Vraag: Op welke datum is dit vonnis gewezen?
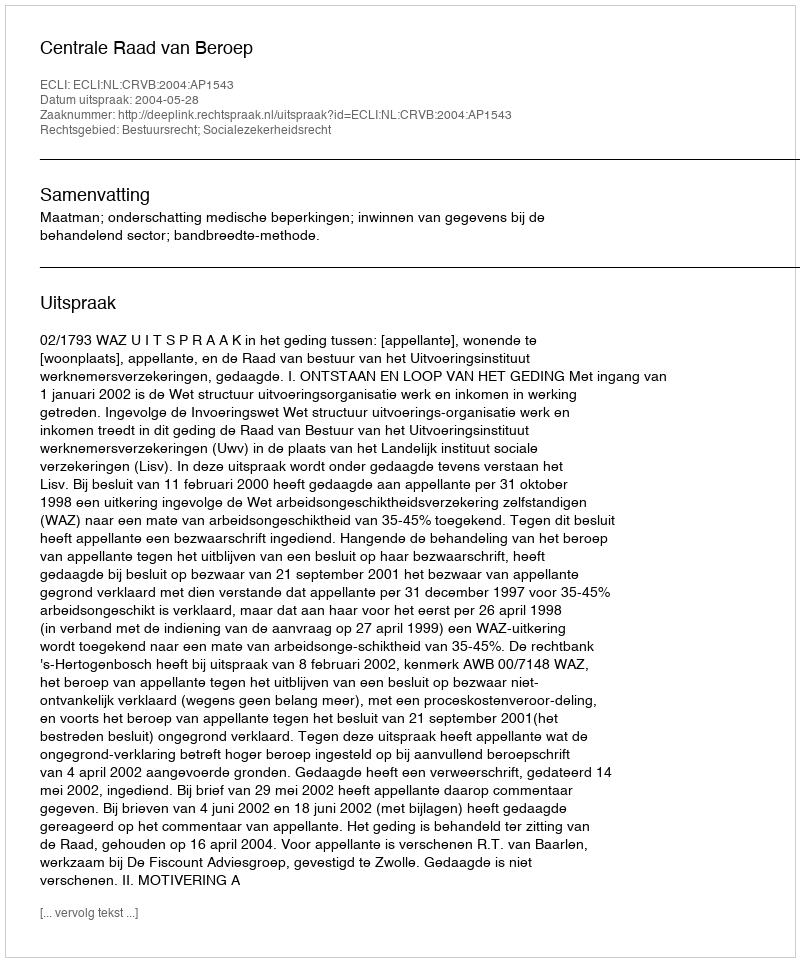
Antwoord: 2004-05-28